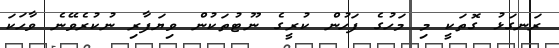
ރަނގަޅު ގޮތަކީ މި މަހުގެ ފަހުން ކުރީގެ ނޫޓުތަކުން ވިޔަފާރި ނުކުރެވޭނެ ވާހަކަ